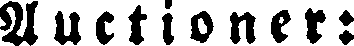
Auctioner: